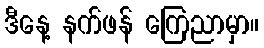
ဒီနေ့ နက်ဖန် ကြေညာမှာ။